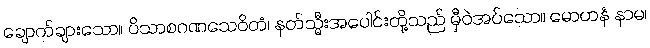
ချောက်ချားသော။ ပိသာစဂဏသေဝိတံ၊ နတ်သ္မီးအပေါင်းတို့သည် မှီဝဲအပ်သော။ မောဟနံ နာမ၊